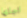
اجلها